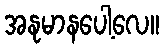
အနုမာနပေါ့လေ။